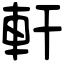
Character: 軒